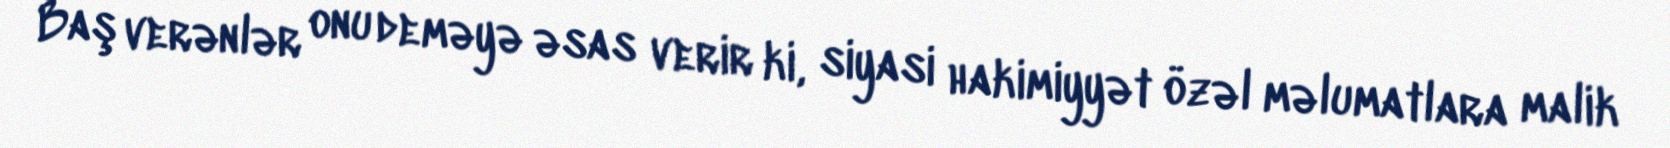
Baş verənlər onu deməyə əsas verir ki, siyasi hakimiyyət özəl məlumatlara malik